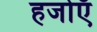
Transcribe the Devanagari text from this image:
हजोएँ